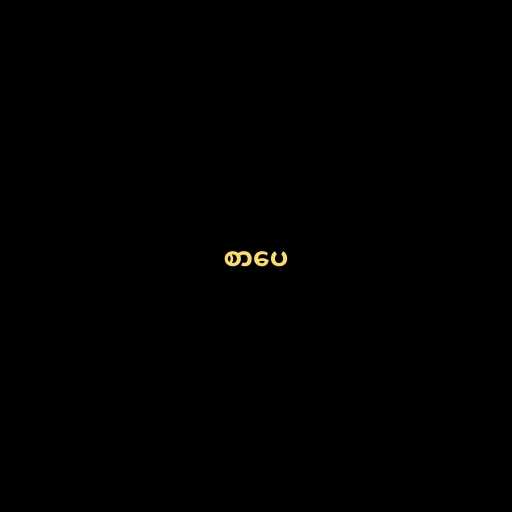
စာပေ